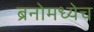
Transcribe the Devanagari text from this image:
ब्रनोमध्येच